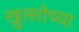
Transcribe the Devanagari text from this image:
खुसरोच्या